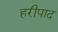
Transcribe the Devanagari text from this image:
हरीपाद